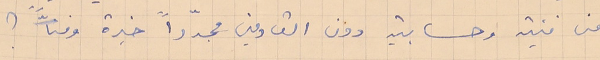
من فنية وحسابية دون القادمين مجدّداً خبرة وفنّاً ؟